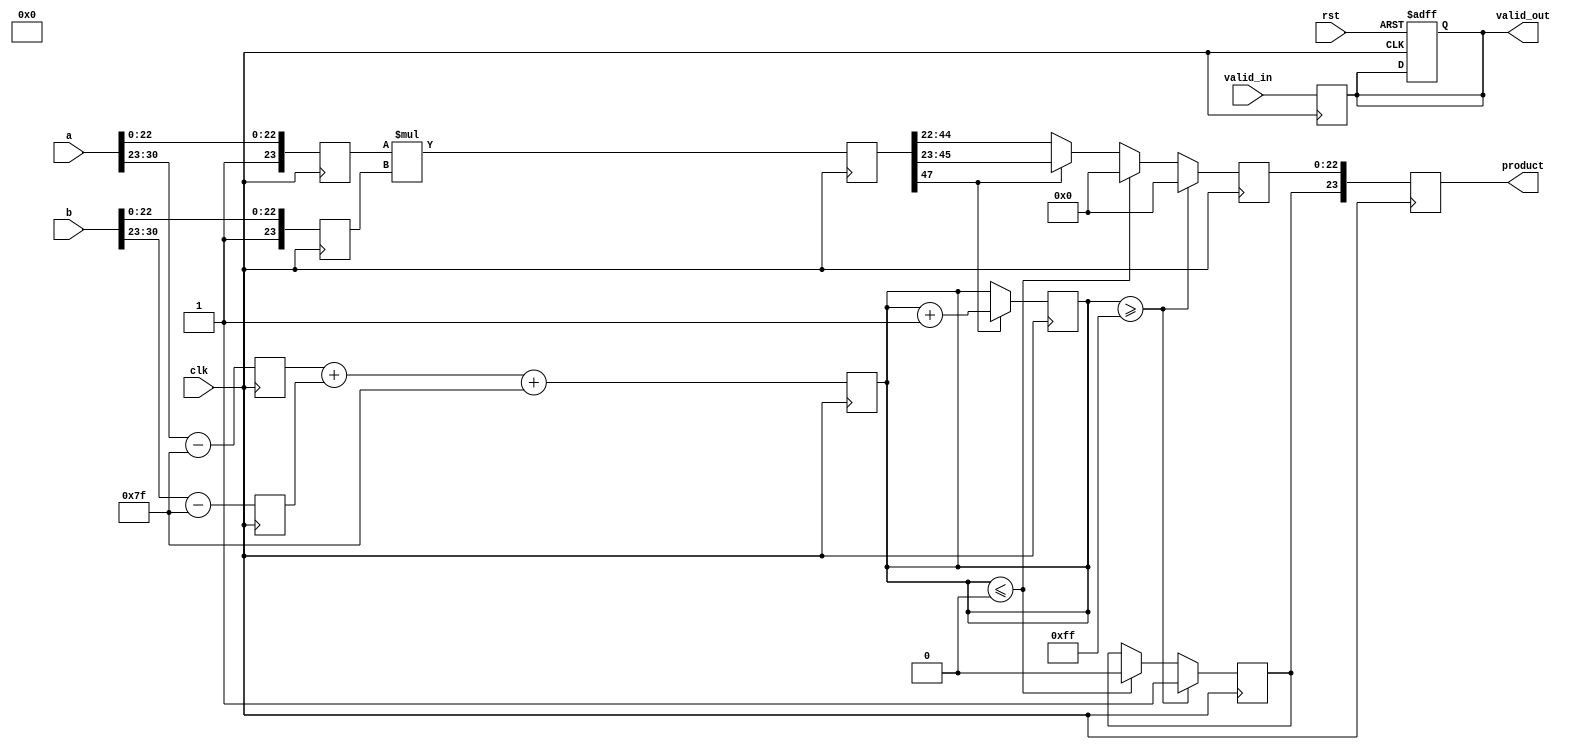
module pipelined_fp_multiplier (
    input clk,
    input rst,
    input valid_in,
    input [31:0] a, // Input operand A
    input [31:0] b, // Input operand B
    output reg valid_out,
    output reg [31:0] product // Output product
);

    // Pipeline registers
    reg [31:0] stage1_a, stage1_b;    // Input Stage
    reg [31:0] stage2_a, stage2_b;    // Normalization Stage
    reg [23:0] stage3_m1, stage3_m2;  // Mantissas for Multiplication Stage
    reg [7:0] stage3_e1, stage3_e2;    // Exponents for Multiplication Stage
    reg [47:0] stage4_m;               // Product of mantissas
    reg [7:0] stage4_e;                // Exponent calculation
    reg [23:0] final_m;                // Final mantissa
    reg final_sign;                    // Final sign

    // Intermediate signals
    wire [7:0] bias = 8'd127; // Bias for single-precision
    wire [7:0] exp1, exp2; // Exponents
    wire [23:0] mant1, mant2; // Mantissas
    wire sign1, sign2; // Signs

    // Extracting fields from the input operands
    assign sign1 = a[31];
    assign exp1 = a[30:23] - bias; // Adjust for bias
    assign mant1 = {1'b1, a[22:0]}; // Implicit leading 1 for normalized values

    assign sign2 = b[31];
    assign exp2 = b[30:23] - bias; // Adjust for bias
    assign mant2 = {1'b1, b[22:0]}; // Implicit leading 1 for normalized values

    // Stage 1: Input Stage
    always @(posedge clk or posedge rst) begin
        if (rst) begin
            stage1_a <= 0;
            stage1_b <= 0;
            valid_out <= 0;
        end else if (valid_in) begin
            stage1_a <= a;
            stage1_b <= b;
        end
    end

    // Stage 2: Normalization Stage
    always @(posedge clk) begin
        stage2_a <= stage1_a;
        stage2_b <= stage1_b;
    end

    // Stage 3: Multiplication Stage
    always @(posedge clk) begin
        stage3_m1 <= mant1;
        stage3_m2 <= mant2;
        stage3_e1 <= exp1;
        stage3_e2 <= exp2;
    end

    // Stage 4: Multiplication and Exponent Calculation
    always @(posedge clk) begin
        stage4_m <= stage3_m1 * stage3_m2; // Multiply mantissas
        stage4_e <= stage3_e1 + stage3_e2 + bias; // Add exponents and adjust for bias
    end

    // Stage 5: Normalization Output Stage
    always @(posedge clk) begin
        if (stage4_m[47] == 1) begin
            final_m <= stage4_m[46:23]; // Normalized result
            stage4_e <= stage4_e + 1; // Adjust exponent
        end else begin
            final_m <= stage4_m[45:22]; // Possibly normalized
        end

        // Handle special cases
        if (stage4_e >= 8'd255) begin
            final_m <= 0; // Overflow to infinity
            final_e <= 8'd255; // Set exponent to max
        end else if (stage4_e <= 8'd0) begin
            final_m <= 0; // Underflow to zero
            final_e <= 0; // Set exponent to 0
        end
    end

    // Stage 6: Output Stage
    always @(posedge clk) begin
        product <= {final_sign, final_e, final_m[22:0]}; // Combine sign, exponent, mantissa
        valid_out <= valid_in; // Indicate output is valid
    end

endmodule